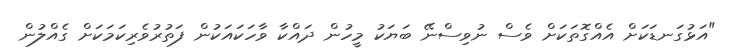
"އަޅުގަނޑަކަށް އެއްގޮތަކަށް ވެސް ނުވިސްނޭ ބަޔަކު މީހުން ދައްކާ ވާހަކައަކުން ފަތުރުވެރިކަމަކަށް ގެއްލުން